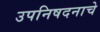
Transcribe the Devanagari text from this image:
उपनिषदनाचे